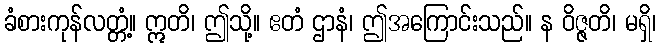
ခံစားကုန်လတ္တံ့။ ဣတိ၊ ဤသို့။ ဧတံ ဌာနံ၊ ဤအကြောင်းသည်။ န ဝိဇ္ဇတိ၊ မရှိ၊